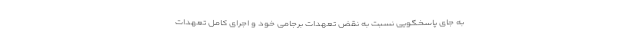
به جای پاسخگویی نسبت به نقض تعهدات برجامی خود و اجرای کامل تعهدات